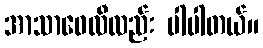
အာသာဝေလီလည်း ပါပါတယ်။